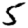
Digit: 5